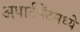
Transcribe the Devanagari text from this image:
अपार्टमेंटमध्ये